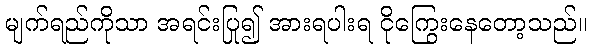
မျက်ရည်ကိုသာ အရင်းပြု၍ အားရပါးရ ငိုကြွေးနေတော့သည်။